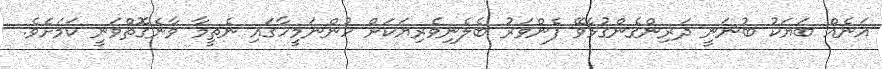
އަނެއް ބަޔަކު ބުނަނީ ދަރިންގެންގުޅެވޭ ފެންވަރު ބެލެނިވެރިޔަކަށް ހުންނަމީހާގައި ނެތީމާ ވާނެގޮތްވަނީ ކަމަށެވެ.